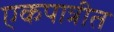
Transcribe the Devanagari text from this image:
एकपात्रीत